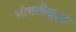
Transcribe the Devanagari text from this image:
भोवतीसुद्धा